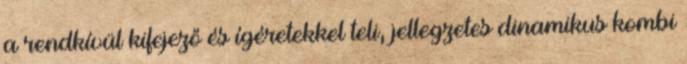
a rendkívül kifejező és ígéretekkel teli, jellegzetes dinamikus kombi